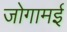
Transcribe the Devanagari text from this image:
जोगामई